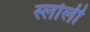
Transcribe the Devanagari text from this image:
स्लोली